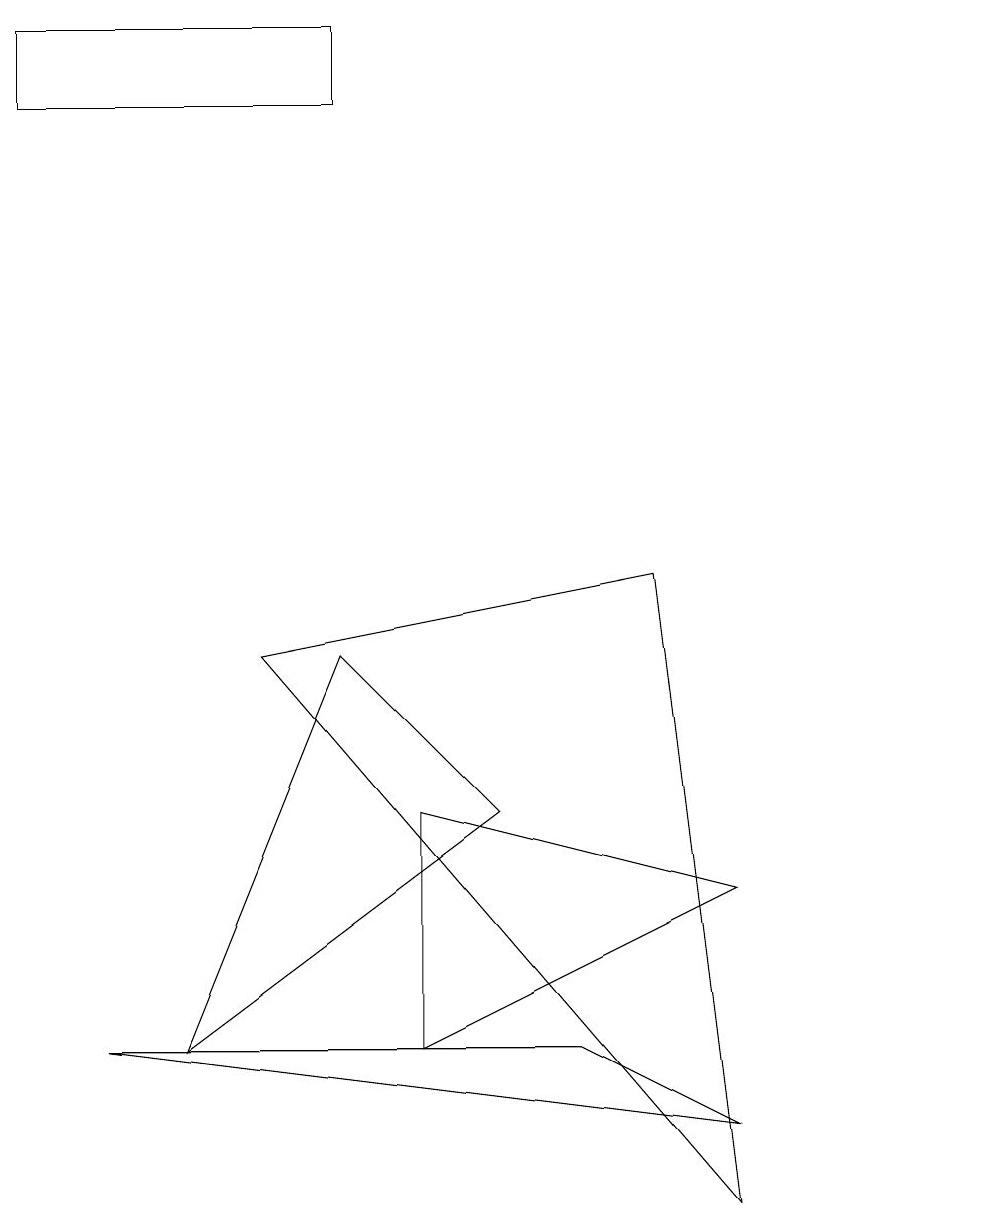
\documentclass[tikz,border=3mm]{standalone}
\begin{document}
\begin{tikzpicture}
\draw (2,3) -- (4,8) -- (6,6) -- cycle;
\draw (12,11) circle (0);
\draw (1,3) -- (7,3) -- (9,2) -- cycle;
\draw (5,3) -- (5,6) -- (9,5) -- cycle;
\draw (9,1) -- (8,9) -- (3,8) -- cycle;
\draw (0,16) rectangle (4,15);
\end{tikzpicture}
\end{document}